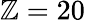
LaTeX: \mathbb{Z}=20